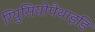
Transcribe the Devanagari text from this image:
रियुसियोपैथाइडि